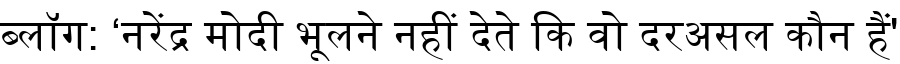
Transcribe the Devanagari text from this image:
ब्लॉग: ‘नरेंद्र मोदी भूलने नहीं देते कि वो दरअसल कौन हैं'